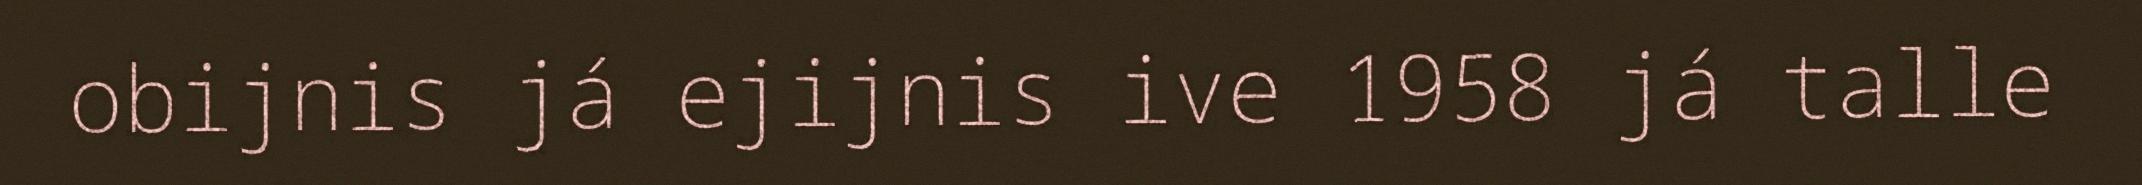
obijnis já ejijnis ive 1958 já talle